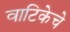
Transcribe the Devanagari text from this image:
वाटिकेचे